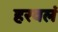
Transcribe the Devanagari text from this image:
हरवलं